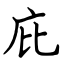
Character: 庇